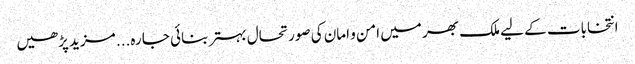
انتخابات کے لیے ملک بھر میں امن و امان کی صورتحال بہتر بنائی جا رہ... مزید پڑھیں